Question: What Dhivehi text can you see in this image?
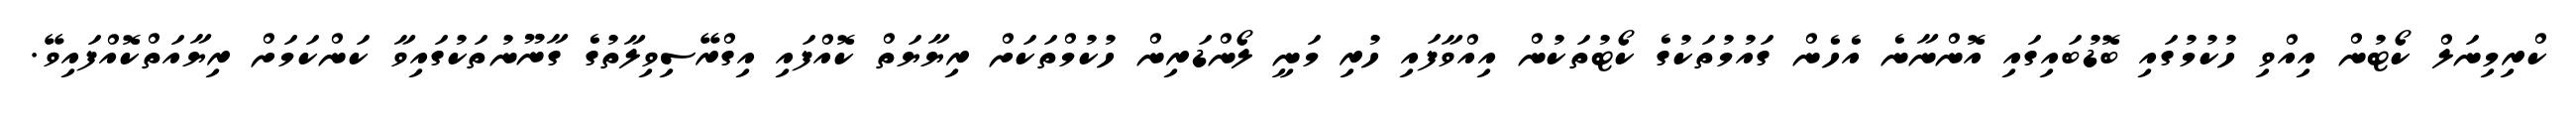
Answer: ކްރިމިނަލް ކޯޓުން އިއްވި ހުކުމުގައި ބޮޑުބައިގައި އޮންނާނެ އެހެން ގައުމުތަކުގެ ކޯޓުތަކުން އިއްވާފައި ހުރި މަނީ ލޯންޑަރިން ހުކުމްތަކަށް ރިޔާޔަތް ކޮއްފައި އިގްރޭސިވިލާތުގެ ގާނޫނުތަކުގައިވާ ކަންކަމަށް ރިޔާއަތްކޮއްފައިވޭ.